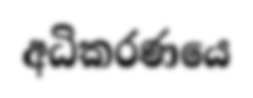
අධිකරණයෙ